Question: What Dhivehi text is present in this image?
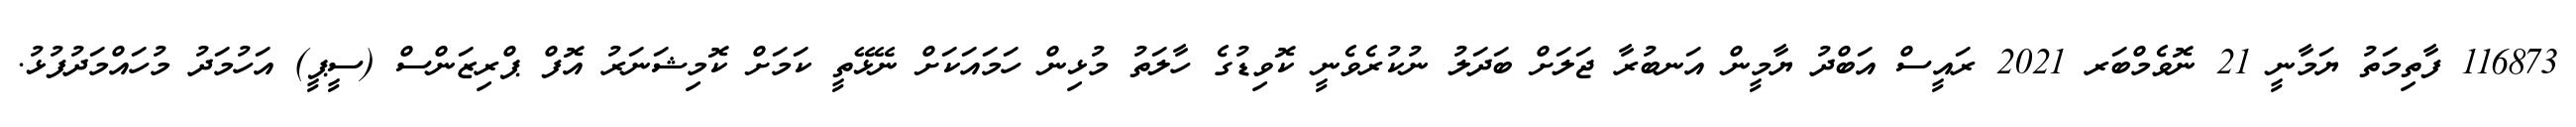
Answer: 116873 ފާތިމަތު ޔަމާނީ 21 ނޮވެމްބަރ 2021 ރައީސް އަބްދު ޔާމީން އަނބުރާ ޖަލަށް ބަދަލު ނުކުރެވެނީ ކޮވިޑުގެ ހާލަތު މުޅިން ހަމައަކަށް ނޭޅޭތީ ކަމަށް ކޮމިޝަނަރު އޮފް ޕްރިޒަންސް (ސީޕީ) އަހުމަދު މުހައްމަދުފުޅު.